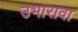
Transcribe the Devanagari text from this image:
उभारावा